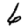
Digit: 6